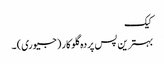
کیک
بہترین پس پردہ گلوکار (جیوری) ۔